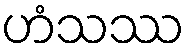
ဟံသဿ